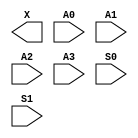
module sky130_fd_sc_ms__mux4 (
    X ,
    A0,
    A1,
    A2,
    A3,
    S0,
    S1
);

    output X ;
    input  A0;
    input  A1;
    input  A2;
    input  A3;
    input  S0;
    input  S1;

    // Voltage supply signals
    supply1 VPWR;
    supply0 VGND;
    supply1 VPB ;
    supply0 VNB ;

endmodule